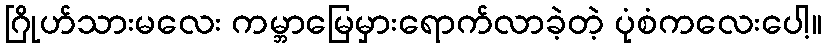
ဂြိုဟ်သားမလေး ကမ္ဘာမြေမှားရောက်လာခဲ့တဲ့ ပုံစံကလေးပေါ့။